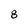
Character: 8